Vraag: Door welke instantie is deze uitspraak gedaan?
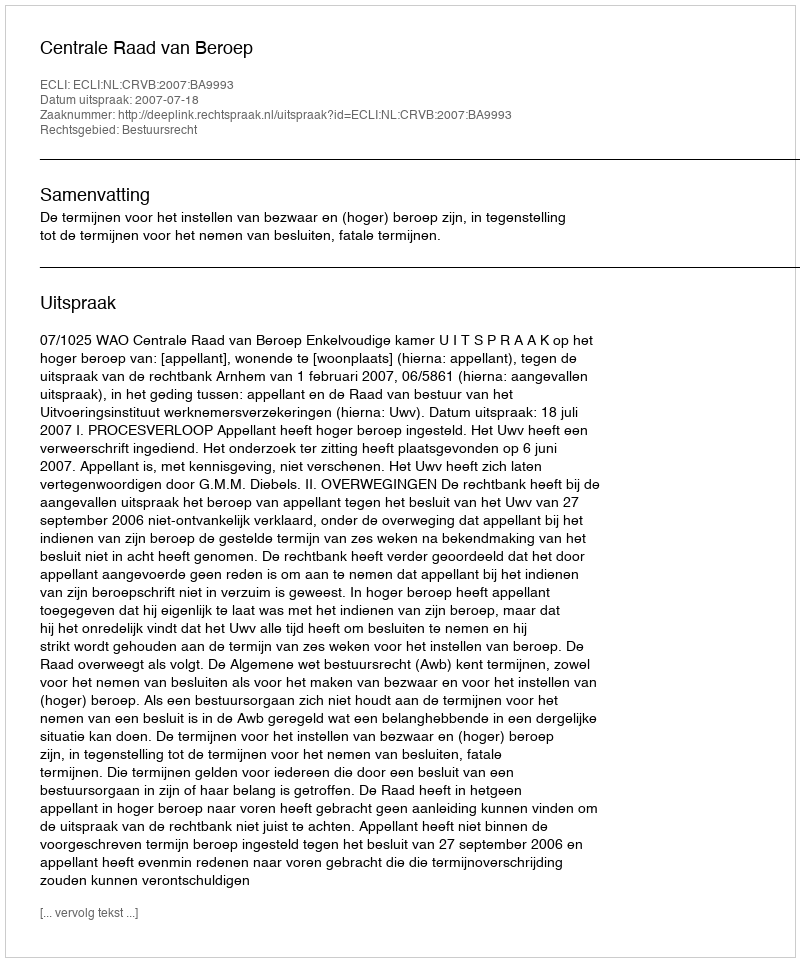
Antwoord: Centrale Raad van Beroep